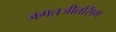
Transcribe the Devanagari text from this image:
जगतजीतसिंग